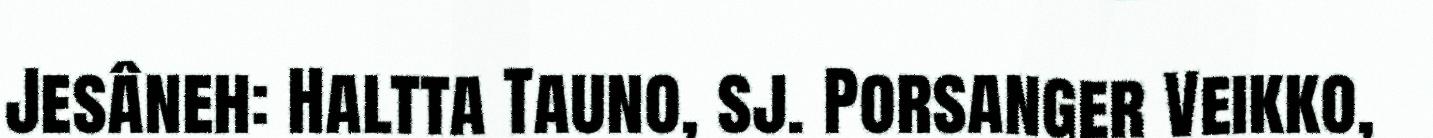
Jesâneh: Haltta Tauno, sj. Porsanger Veikko,